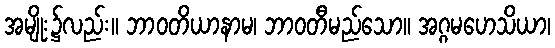
အမျိုး၌လည်း။ ဘာဝတိယာနာမ၊ ဘာဝတီမည်သော။ အဂ္ဂမဟေသိယာ၊